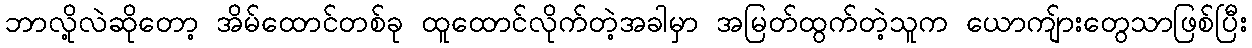
ဘာလို့လဲဆိုတော့ အိမ်ထောင်တစ်ခု ထူထောင်လိုက်တဲ့အခါမှာ အမြတ်ထွက်တဲ့သူက ယောကျ်ားတွေသာဖြစ်ပြီး